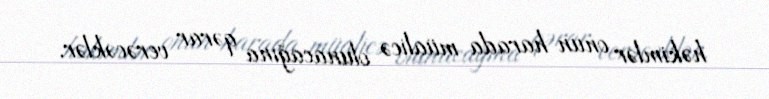
həkimlər onun harada müalicə olunacağına qərar verəcəklər.